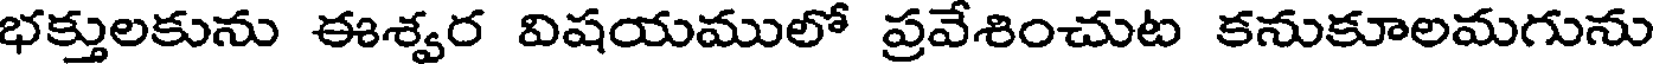
భక్తులకును ఈశ్వర విషయములో ప్రవేశించుట కనుకూలమగును